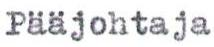
Pääjohtaja